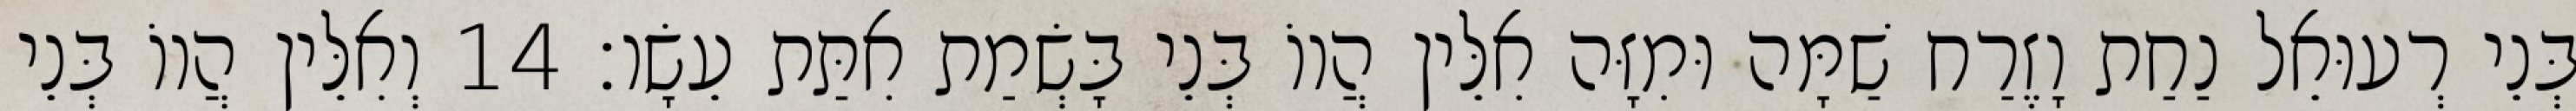
בְּנֵי רְעוּאֵל נַחַת וָזֶרַח שַׁמָּה וּמִזָּה אִלֵּין הֲווֹ בְּנֵי בָּשְׂמַת אִתַּת עֵשָׂו׃ 14 וְאִלֵּין הֲווֹ בְּנֵי